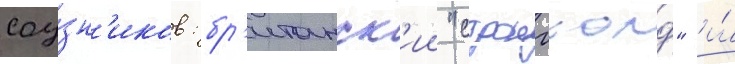
соу́зн'иков: бр'итанск'ии "стронгхолд" и́